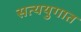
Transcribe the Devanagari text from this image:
सत्ययुगात